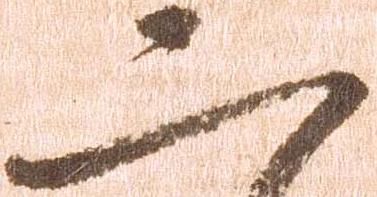
二